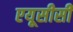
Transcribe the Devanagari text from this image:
एयूसीसी